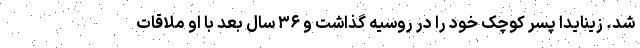
شد. زینایدا پسر کوچک خود را در روسیه گذاشت و ۳۶ سال بعد با او ملاقات